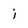
Character: i